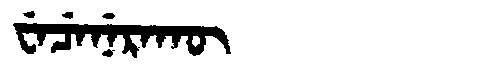
Manchu: ᠸᡝᠴᡝᠨᡝᡵᠠᡴᡡ
Romanization: WECENERAKŪ